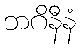
ဘဂိနီနံ